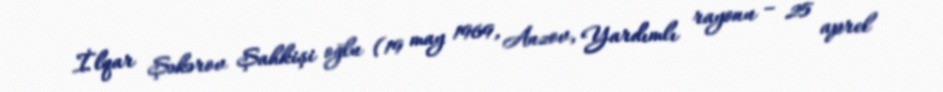
İlqar Şəkərov Şahkişi oğlu (19 may 1969, Anzov, Yardımlı rayonu – 25 aprel